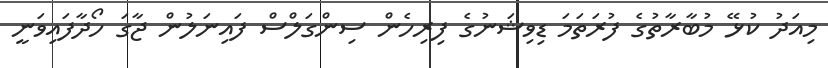
މިއަދު ކުޅޭ މުބާރާތުގެ ފުރަތަމަ ޑިވިޝަނުގެ ފިރިހެން ސިންގަލްސް ފައިނަލުން ޖާގަ ހޯދާފައިވަނީ